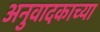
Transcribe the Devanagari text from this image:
अनुवादकाच्या